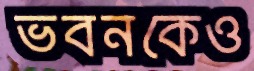
ভবনকেও